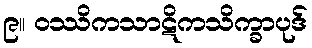
၉။ ဝဿိကသာဋိကသိက္ခာပုဒ်